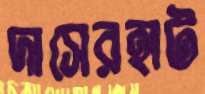
দাসেরহাট